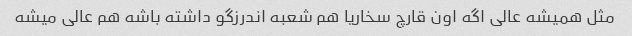
مثل همیشه عالى اگه اون قارچ سخاریا هم شعبه اندرزگو داشته باشه هم عالى میشه